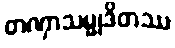
တဏှာသမ္မုဒိတဿ